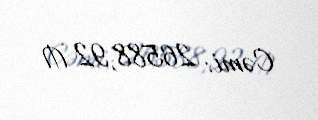
Cəmi: 26588,92 ₼